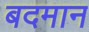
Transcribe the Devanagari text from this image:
बदमान